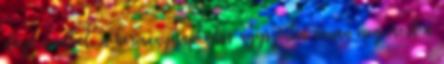
előző évadból, a kormánycsapkodás úgyszintén onnan meg most a